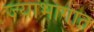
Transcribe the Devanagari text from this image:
ज्याभागात